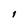
Character: 1